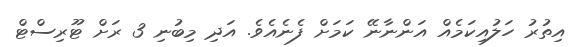
އިތުރު ހަލުއިކަމެއް އަންނާނޭ ކަމަށް ފެނެއެވެ. އަދި މިބުނި 3 ރަށް ޓޫރިސްޓް